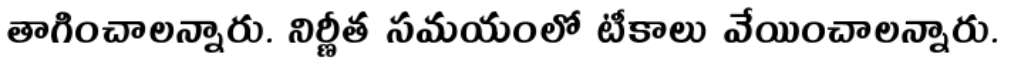
తాగించాలన్నారు. నిర్ణీత సమయంలో టీకాలు వేయించాలన్నారు.